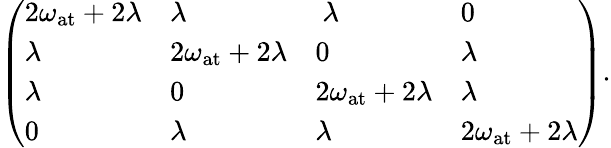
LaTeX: \left(\begin{array}{llll}{2\omega_{\mathrm{at}}+2\lambda}&{\lambda}&{~\lambda}&{0}\\ {\lambda}&{2\omega_{\mathrm{at}}+2\lambda}&{0}&{\lambda}\\ {\lambda}&{0}&{2\omega_{\mathrm{at}}+2\lambda}&{\lambda}\\ {0}&{\lambda}&{\lambda}&{2\omega_{\mathrm{at}}+2\lambda}\end{array}\right).